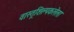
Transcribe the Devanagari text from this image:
वास्तूशिल्पकलेला